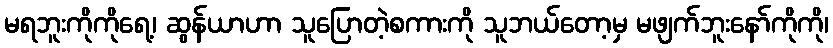
မရဘူးကိုကိုရေ့၊ ဆွန်ယာဟာ သူပြောတဲ့စကားကို သူဘယ်တော့မှ မဖျက်ဘူးနော်ကိုကို၊